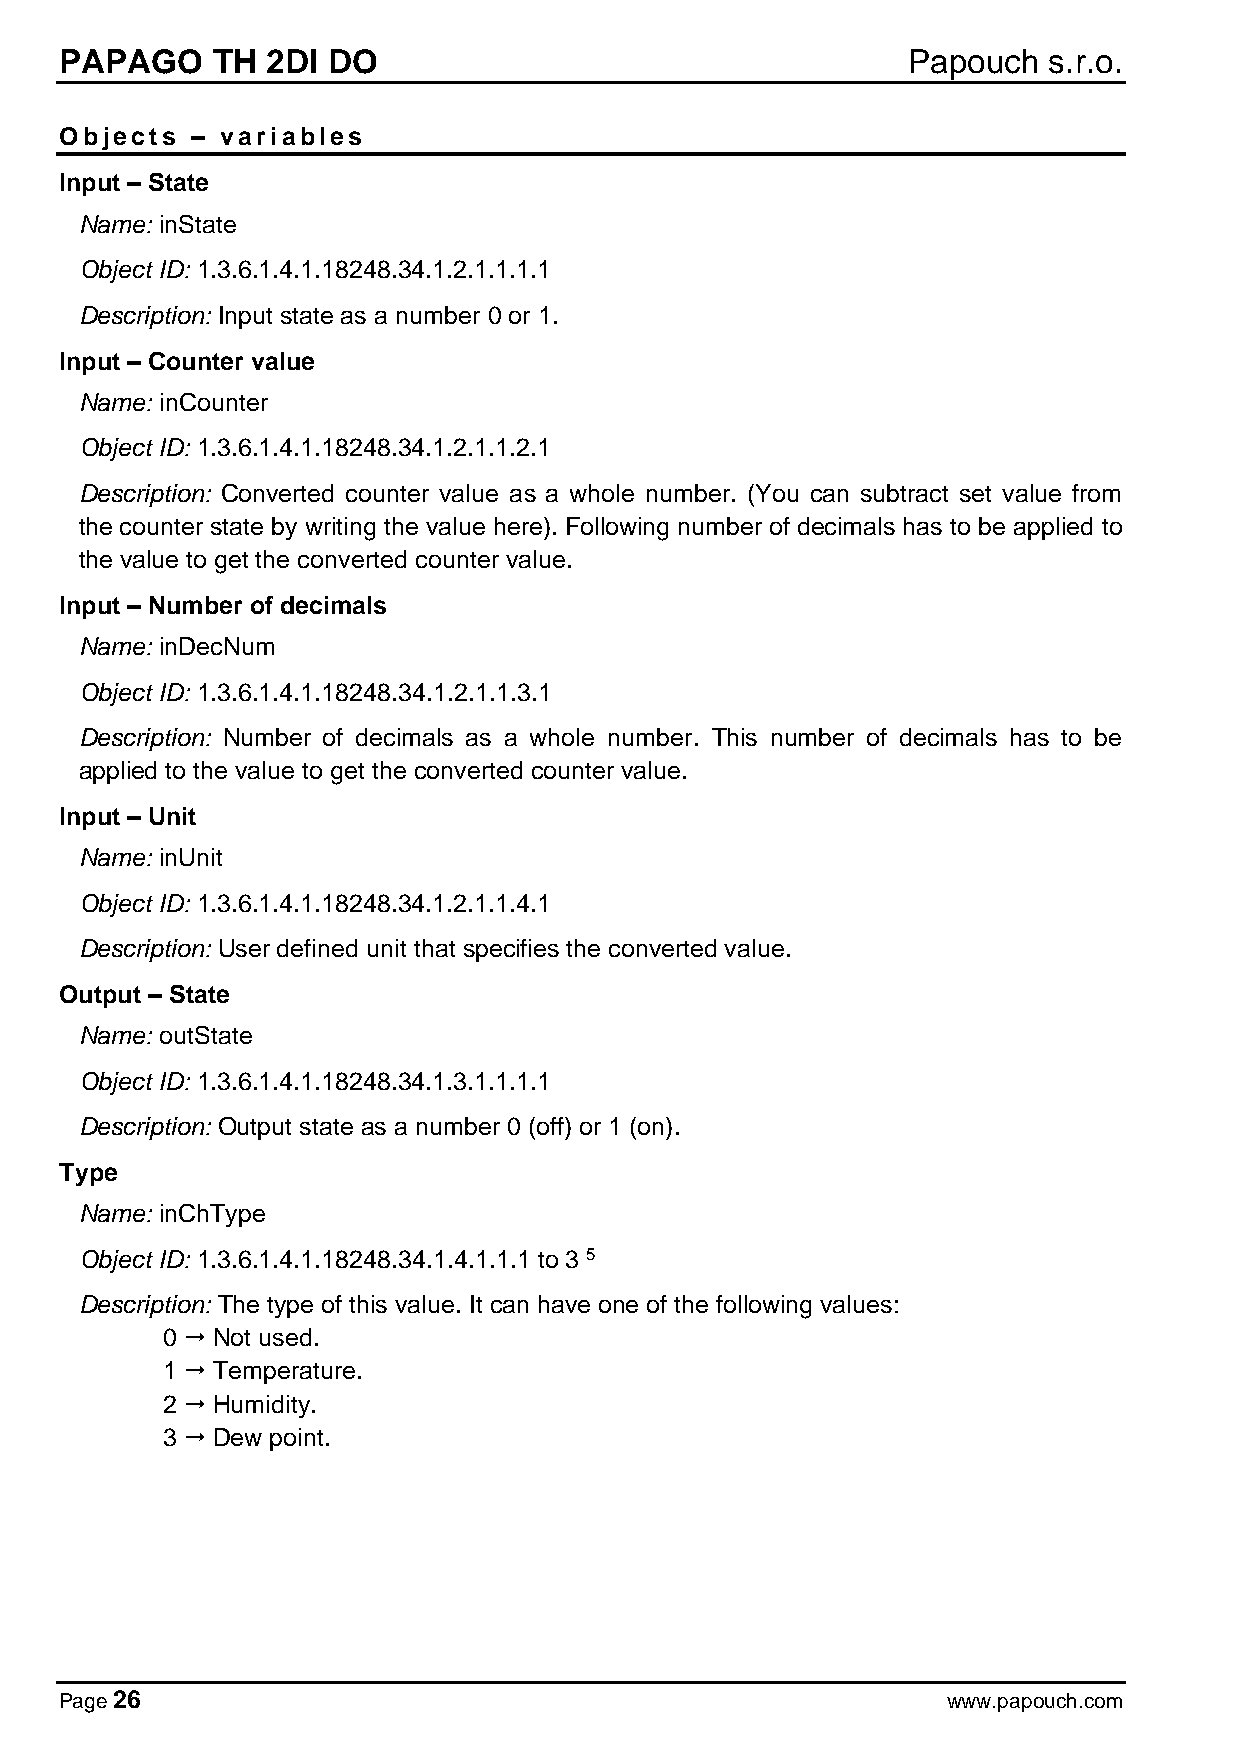
PAPAGO    TH  2DI DO                                    Papouch  s.r.o.
 Objects  – variables
 Input – State
 Name: inState
 Object ID: 1.3.6.1.4.1.18248.34.1.2.1.1.1.1
 Description: Input state as a number 0 or 1.
 Input – Counter value
 Name: inCounter
 Object ID: 1.3.6.1.4.1.18248.34.1.2.1.1.2.1
 Description: Converted counter value as a whole number. (You can subtract set value from
 the counter state by writing the value here). Following number of decimals has to be applied to
 the value to get the converted counter value.
 Input – Number of decimals
 Name: inDecNum
 Object ID: 1.3.6.1.4.1.18248.34.1.2.1.1.3.1
 Description: Number of decimals as a whole number. This number of decimals has to be
 applied to the value to get the converted counter value.
 Input – Unit
 Name: inUnit
 Object ID: 1.3.6.1.4.1.18248.34.1.2.1.1.4.1
 Description: User defined unit that specifies the converted value.
 Output – State
 Name: outState
 Object ID: 1.3.6.1.4.1.18248.34.1.3.1.1.1.1
 Description: Output state as a number 0 (off) or 1 (on).
 Type
 Name: inChType
 Object ID: 1.3.6.1.4.1.18248.34.1.4.1.1.1 to 3 5
 Description: The type of this value. It can have one of the following values:
 0  Not used.
 1  Temperature.
 2  Humidity.
 3  Dew point.
 Page 26                                                    www.papouch.com